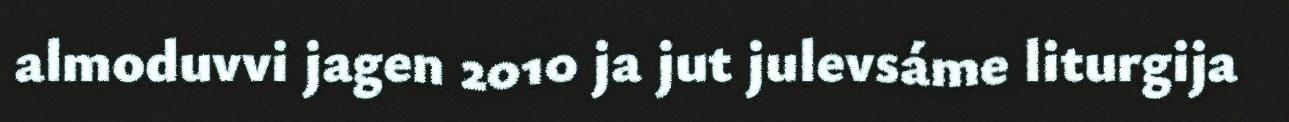
almoduvvi jagen 2010 ja jut julevsáme liturgija